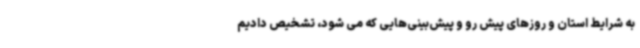
به شرایط استان و روزهای پیش رو و پیش‌بینی‌هایی که می شود، تشخیص دادیم